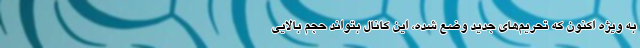
به ویژه اکنون که تحریم‌های جدید وضع شده، این کانال بتواند حجم بالایی